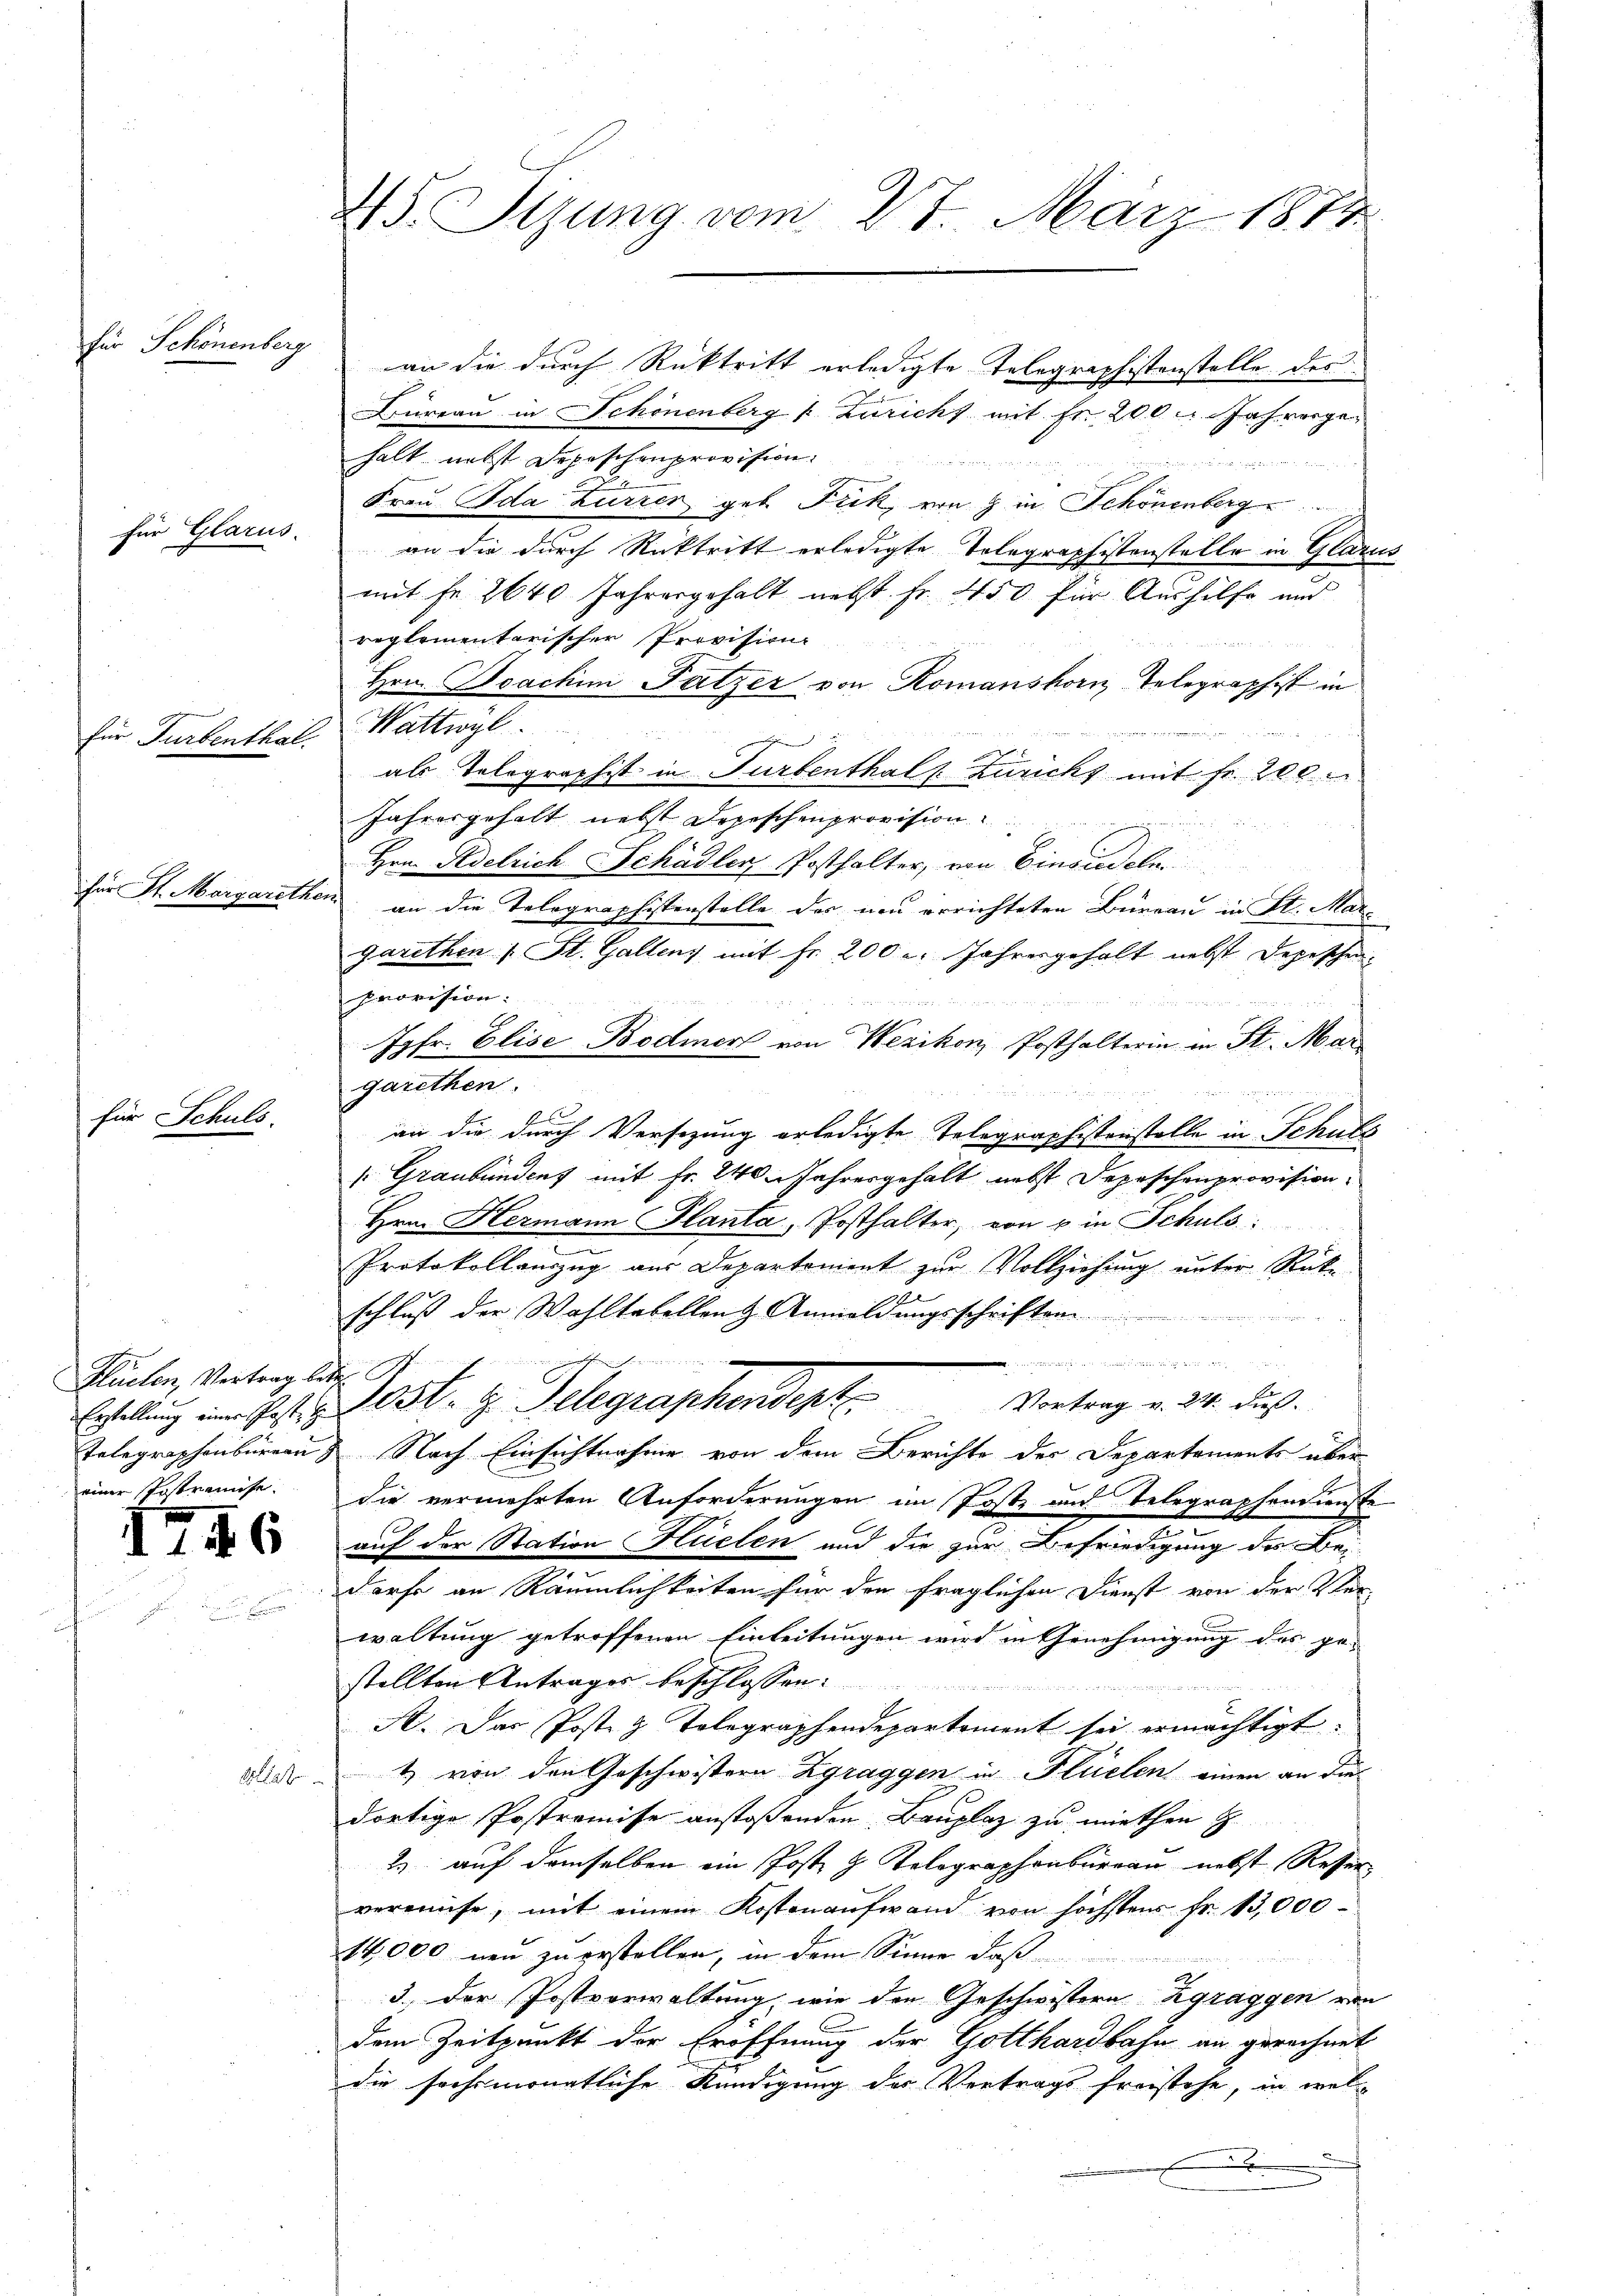
für Schönenberg

für Glarus.

" Schuls

Hlucten, Vertrag let
einer Postremise.

16

Turbenthal.

¬

an die durch Rücktritt erledigte Telegraphistenstelle des
Büreau in Schönenberg & Züricht mit Fr. 200 Jah vergehalt nebst Depeschenprovision.
.
e
Frau Ida Zurrer geb. Fick, von 9 in Schönenberg
an die durch Rücktritt erledigte Tolographistenstelle in Glarus
mit Fr. 2640 Jahresgehalt nebst Fr. 450 für Aushilfe und
reglementarischer Provision
Hrn. Joachini Futzer von Romanshorn Telegraphist in
Wattwyl

als Tolographist in Turbenthalt Zürichs mit Fr. 200
Jahresgehalt nebst Depeschenprovision.
Hrn. Adelrich Schädler, Posthalter, von Einbudelm
St. Margarethen an die Telegraphistenstelle der neu errichteten Büreau in St. Margarethen 1 St. Gallens mit Fr. 200 l. Jahresgehalt nebst Depeschen.
Provision:
Jgfr. Elise Bodmer von Wezikon, Posthalterin in St. Mar
garethen.

an die durch Versitzung erledigte Telegraphistorstelle in Schuls
/Graubündenz mit Fr. 240 Jahresgehält nebst Depeschenprovision.
Hrn. Hermann Planta, Posthalter, von u in Schuls:
Protokollauszug aus Departement zur Vollziehung unter Rück¬
u.
schluß der Wahltabellen & Anmeldungsschriften
e
Erstellung im Ges. . . 13t. z. Telegraphendert Vortrag v. 24. dies
Telegraphenbüreau. Nach Einsichtnahme von dem Berichte der Departements über
die vermehrten Anforderungen im Postz und Telegraphendienste
auf der Station Huelen und die zur Befriedigung des Bei-
n
dorfe an Räumlichkeiten für den fraglichen Dienst von der Ver-
waltung getroffenen Einleitungen wird in Genehmigung des ge-
stellten Antrages beschlossen:

A. Das Poste z. Telegraphendepartement sei ermächtigt.
widert von den Geschwistern Zgraggen in Flüelen einen an dies
dortige Postromisse anstoßenden Bauplaz zu miethen z
2) auf demselben ein Post & Kolographenbureau nebst Reser
vereinige, mit einem Kostenaufwand von höchsten Fr. 13,000
14,000 neu zu erstellen, in dem Sinne daß
3.) Der Postverwaltung, wie den Geschwistern Zgraggen von
dem Zeitpunkt der Eröffnung der Gotthardbahn an gerechnet
die fachmonatliche Kündigung der Vertrags freistehe, in wel¬
.

25. Stung vom 27. März 1874